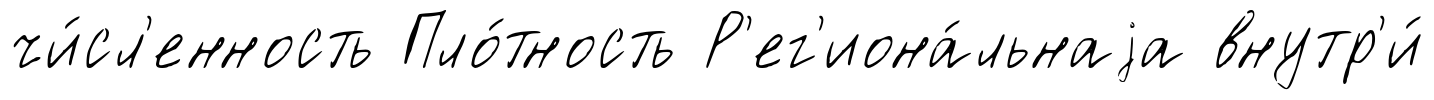
чи́сл'енность Пло́тность Р'ег'иона́льнаjа внутр'и́